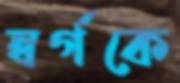
স্বর্গকে